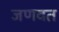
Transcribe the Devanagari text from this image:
जणवत